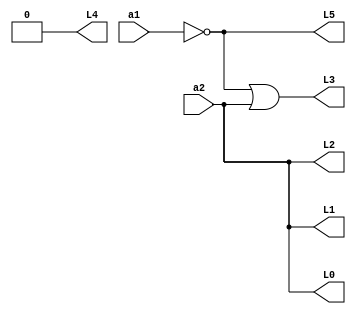
module circuito2(L0, L1, L2, L3, L4, L5, a1, a2);
//		entradas e saidas
	input a1, a2;
	output L0, L1, L2, L3, L4, L5;
	assign L0 = a2;
	assign L1 = a2;
	assign L2 = a2;
	assign L4 = 0;
	
//		fios
	wire nota1_or;
	
// 	porta
	not nota1(nota1_or, a1);
	or or1(L3, nota1_or, a2);
	not nota1_2(L5, a1);
	
endmodule